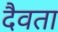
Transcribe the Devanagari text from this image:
दैवता